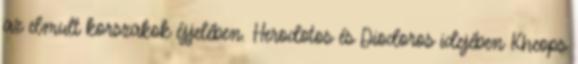
az elmult korszakok éjjelében. Herodotos és Diodoros idejében Kheops